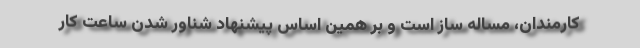
کارمندان، مساله ساز است و بر همین اساس پیشنهاد شناور شدن ساعت کار